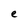
Character: e